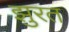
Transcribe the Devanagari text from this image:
झुरत